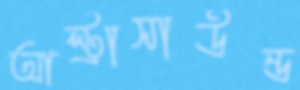
আল্ট্রাসাউন্ড